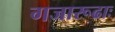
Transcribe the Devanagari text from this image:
गजारूढाः